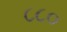
૮૮૦